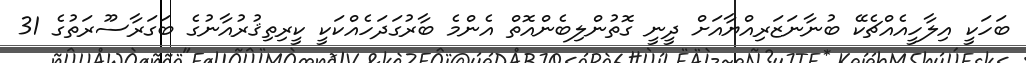
ބަހަކީ އިލާހީއެއްޗެކޭ ބުނާނަޒަރިއްޔާއަށް ދީނީ ގޮތުންލިބެންއޮތް އެންމެ ބާރުގަދަހެއްކަކީ ކީރިތިޤުރުއާނުގެ ބަގަރާސޫރަތުގެ 31